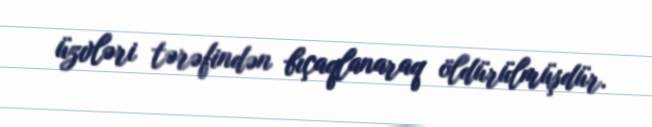
üzvləri tərəfindən bıçaqlanaraq öldürülmüşdür.